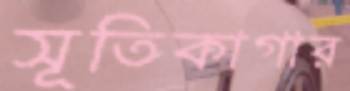
সূতিকাগার